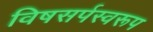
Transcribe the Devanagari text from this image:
विषसर्पस्वरूप